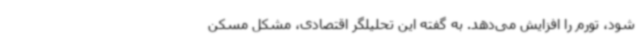
شود، تورم را افزایش می‌دهد. به گفته این تحلیلگر اقتصادی، مشکل مسکن